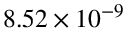
8 . 5 2 \times 1 0 ^ { - 9 }